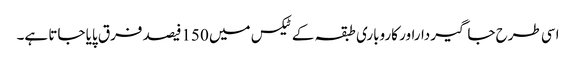
اسی طرح جاگیرداراور کاروباری طبقہ کے ٹیکس میں 150فیصد فرق پایا جاتا ہے۔